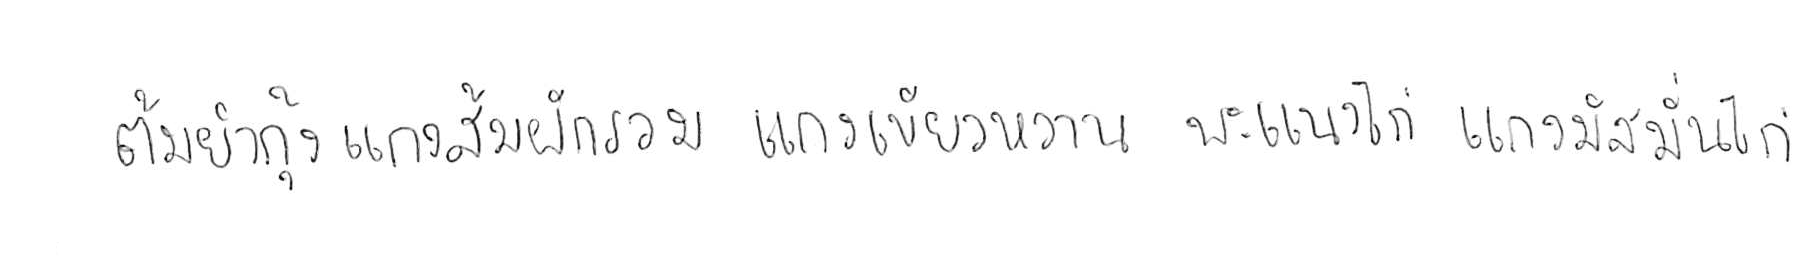
ต้มยำกุ้ง แกงส้มผักรวม แกงเขียวหวาน พะแนงไก่ แกงมัสมั่นไก่